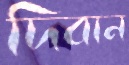
দিবান